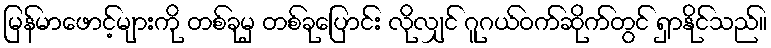
မြန်မာဖောင့်များကို တစ်ခုမှ တစ်ခုပြောင်း လိုလျှင် ဂူဂယ်ဝက်ဆိုက်တွင် ရှာနိုင်သည်။